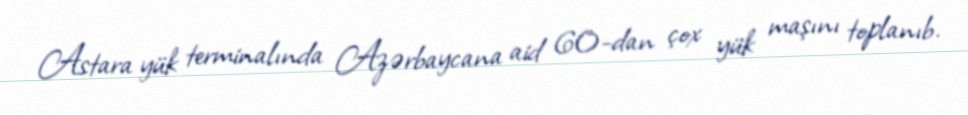
Astara yük terminalında Azərbaycana aid 60-dan çox yük maşını toplanıb.